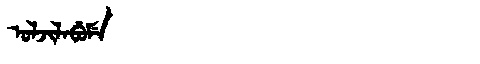
Manchu: ᠣᠯᠵᡳᠯᠠᠪᡠᠮᡝ
Romanization: OLJILABUME